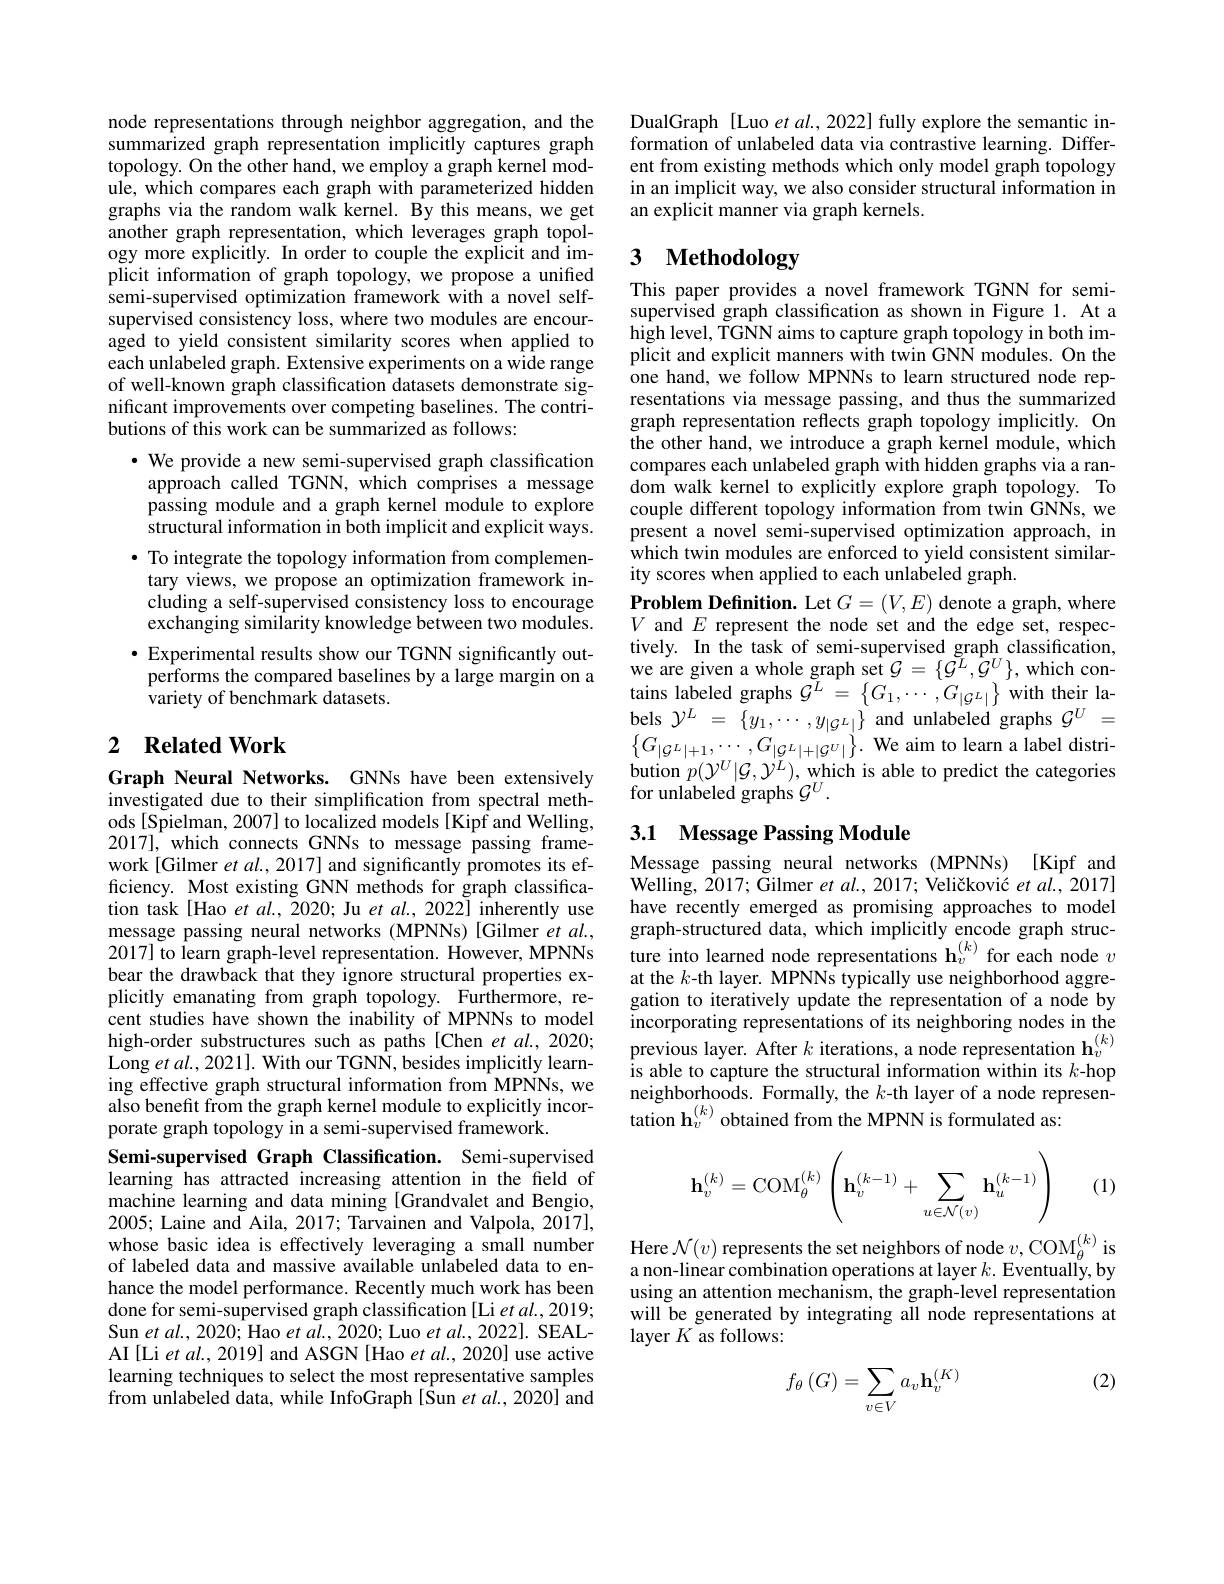
node representations through neighbor aggregation, and the summarized graph representation implicitly captures graph topology. On the other hand, we employ a graph kernel module, which compares each graph with parameterized hidden graphs via the random walk kernel. By this means, we get another graph representation, which leverages graph topology more explicitly. In order to couple the explicit and implicit information of graph topology, we propose a unified semi-supervised optimization framework with a novel selfsupervised consistency loss, where two modules are encouraged to yield consistent similarity scores when applied to each unlabeled graph. Extensive experiments on a wide range of well-known graph classification datasets demonstrate significant improvements over competing baselines. The contributions of this work can be summarized as follows:

· We provide a new semi-supervised graph classification approach called TGNN, which comprises a message passing module and a graph kernel module to explore structural information in both implicit and explicit ways. $\bullet$ To integrate the topology information from complementary views, we propose an optimization framework including a self-supervised consistency loss to encourage exchanging similarity knowledge between two modules. $\bullet$ Experimental results show our TGNN significantly outperforms the compared baselines by a large margin on a variety of benchmark datasets.

# 2 Related Work

Graph Neural Networks. GNNs have been extensively investigated due to their simplification from spectral methods[Spielman, 2007] to localized models [Kipf and Welling, 2017], which connects GNNs to message passing framework [Gilmer $et$ al., 2017] and significantly promotes its efficiency. Most existing GNN methods for graph classification task[Hao et al., 2020; Ju et al., 2022] inherently use message passing neural networks (MPNNs)[Gilmer ét al., 2017] to learn graph-level representation. However, MPNNs bear the drawback that they ignore structural properties explicitly emanating from graph topology. Furthermore, recent studies have shown the inability of MPNNs to model high-order substructures such as paths [Chen et al.,2020; Long et al., 2021]. With our TGNN, besides implicitly learning effective graph structural information from MPNNs, we also benefit from the graph kernel module to explicitly incorporate graph topology in a semi-supervised framework.
Semi-supervised Graph Classification. Semi-supervised learning has attracted increasing attention in the field of machine learning and data mining [Grandvalet and Bengio, 2005; Laine and Aila, 2017; Tarvainen and Valpola, 2017], whose basic idea is effectively leveraging a small number of labeled data and massive available unlabeled data to enhance the model performance. Recently much work has been done for semi-supervised graph classification [Li et al., 2019; Sun $etal.,2020;$Hao $etal.,2020;$ Luo $etal.$, SEALAI[Li et al., 2019] and ASGN [Hao et al., 2020] use active learning techniques to select the most representative samples from unlabeled data, while InfoGraph[Sun et al., 2020] and

DualGraph [Luo et al., 2022] fully explore the semantic information of unlabeled data via contrastive learning. Different from existing methods which only model graph topology in an implicit way, we also consider structural information in an explicit manner via graph kernels.

### 3 $\textbf{Methodology}$

This paper provides a novel framework TGNN for semisupervised graph classification as shown in Figure 1. At a high level, TGNN aims to capture graph topology in both implicit and explicit manners with twin GNN modules. On the ${\mathrm{~one~hand,~we~follow~MPNNs~to~learn~structured~node~rep-}}$ resentations via message passing, and thus the summarized graph representation reflects graph topology implicitly. On the other hand, we introduce a graph kernel module, which compares each unlabeled graph with hidden graphs via a random walk kernel to explicitly explore graph topology. To couple different topology information from twin GNNs, we present a novel semi-supervised optimization approach, in $\hat{\text{which twin modules are enforced to yield consistent similar-}}$ ity scores when applied to each unlabeled graph.
$\textbf{Problem Definition. Let }G= ( V, E)$ denote a graph, where $V$ and $E$ represent the node set and the edge set, respectively. In the task of semi-supervised graph classification, we are given a whole graph set $\mathcal{G}=\{\mathcal{G}^{\tilde{L}},\dot{\mathcal{G}}^{U}\}$, which contains labeled graphs $\tilde{G}^{L}=\left\{G_{1},\cdots,G_{|\mathcal{G}^{L}|}\right\}$ with their labels $\mathcal{Y}^{L}~=~\{y_{1},\cdots,y_{|\mathcal{G}^{L}|}\}~$and unlabeled graphs $\mathcal{G}^U~=$ $\left\{G_{|\mathcal{G}^{L}|+1},\cdots,G_{|\mathcal{G}^{L}|+|\mathcal{G}^{U}|}\right\}.$ We aim to learn a label distribution $p(\mathcal{Y}^U|\mathcal{G},\mathcal{Y}^{L})$, which is able to predict the categories for unlabeled graphs $\mathcal{G}^U.$

## 3.1 Message Passing Module

Message passing neural networks (MPNNs) [Kipf and Welling, 2017; Gilmer $etal. , 2017; \text{Veli\v{c} kovi\'{c} }etal. , 2017]$ have recently emerged as promising approaches to model graph-structured data, which implicitly encode graph structure into learned node representations $\mathbf{h}_v^{(k)}$ for each node $v$ at the $k$-th layer. MPNNs typically use neighborhood aggregation to iteratively update the representation of a node by incorporating representations of its neighboring nodes in the previous layer. After $k$ iterations, a node representation h$_v^{(k)}$ is able to capture the structural information within its $k$-hop neighborhoods. Formally, the $k$-th layer of a node representation $\mathbf{h}_v^{(k)}$ obtained from the MPNN is formulated as:
$$\mathbf{h}_v^{(k)}=\mathrm{COM}_\theta^{(k)}\left(\mathbf{h}_v^{(k-1)}+\sum_{u\in\mathcal{N}(v)}\mathbf{h}_u^{(k-1)}\right)$$
(1)

Here $\mathcal{N}(v)$ represents the set neighbors of node $v,\mathrm{COM}_\theta^{(k)}$ is a non-linear combination operations at layer $k.$ Eventually, by using an attention mechanism, the graph-level representation will be generated by integrating all node representations at layer $K$ as follows:

(2)
$$f_\theta\left(G\right)=\sum_{v\in V}a_v\mathbf{h}_v^{\left(K\right)}$$